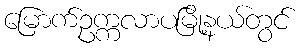
မြောက်ဥက္ကလာပမြို့နယ်တွင်